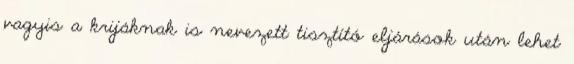
vagyis a krijáknak is nevezett tisztító eljárások után lehet